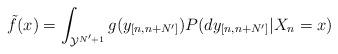
LaTeX: \begin{align*}\tilde{f}(x)=\int_{\mathcal{Y}^{N'+1}}g(y_{[n,n+N']})P(dy_{[n,n+N']}|X_{n}=x)\end{align*}